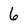
Character: 6